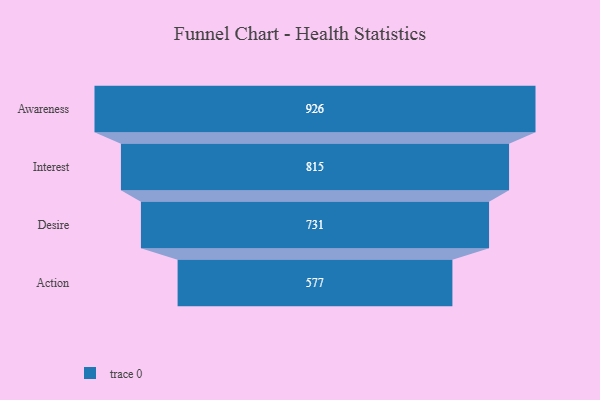
{"axis": {"x": "Stage", "y": "Value"}, "legend": [""], "data": [{"x": "Awareness", "y": 926.0, "type": ""}, {"x": "Interest", "y": 815.0, "type": ""}, {"x": "Desire", "y": 731.0, "type": ""}, {"x": "Action", "y": 577.0, "type": ""}]}